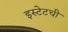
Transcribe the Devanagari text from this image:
इस्टेटची